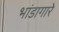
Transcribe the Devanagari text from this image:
भांडागारे